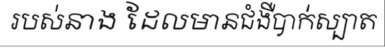
របស់នាង ដែលមានជំងឺបាក់ស្បាត